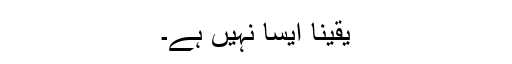
یقینا ایسا نہیں ہے۔